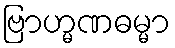
ဗြာဟ္မဏဓမ္မာ